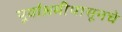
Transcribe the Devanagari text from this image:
पूर्वाश्रमीपासूनचे